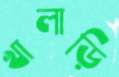
খালাড়ি